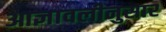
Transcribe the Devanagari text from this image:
आज्ञावलीनुसार